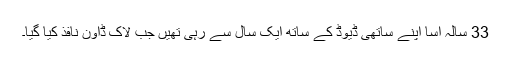
33 سالہ اسا اپنے ساتھی ڈیوڈ کے ساتھ ایک سال سے رہی تھیں جب لاک ڈاون نافذ کیا گیا۔